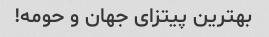
بهترین پیتزای جهان و حومه!